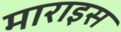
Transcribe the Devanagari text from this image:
माराइस